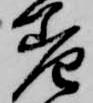
差